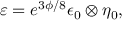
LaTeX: { \varepsilon = e ^ { 3 \phi / 8 } \epsilon _ { 0 } \otimes \eta _ { 0 } , }